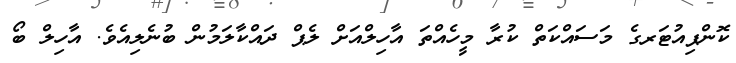
ކޮންޕިއުޓަރގެ މަސައްކަތް ކުރާ މީހެއްތަ އާހިލްއަށް ލެޕް ދައްކާލަމުން ބުނެލިއެވެ. އާހިލް ބޯ